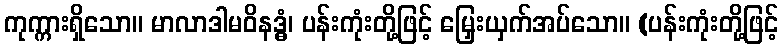
ကုက္ကားရှိသော။ မာလာဒါမဝိနဒ္ဓံ၊ ပန်းကုံးတို့ဖြင့် မြှေးယှက်အပ်သော။ (ပန်းကုံးတို့ဖြင့်